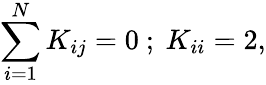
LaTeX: \sum_{i=1}^{N}K_{ij}=0\ ;\ K_{ii}=2,